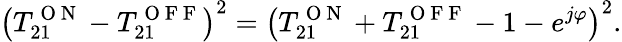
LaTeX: \left(T_{21}^{\mathrm{~O~N~}}-T_{21}^{\mathrm{~O~F~F~}}\right)^{2}=\left(T_{21}^{\mathrm{~O~N~}}+T_{21}^{\mathrm{~O~F~F~}}-1-e^{j\varphi}\right)^{2}.